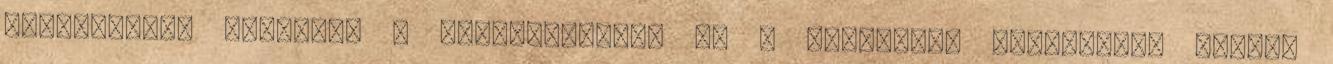
programokat végeznek a rehabilitáció és a prevenció területén, hogyan